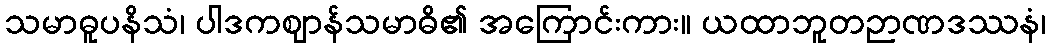
သမာဓူပနိသံ၊ ပါဒကဈာန်သမာဓိ၏ အကြောင်းကား။ ယထာဘူတဉာဏဒဿနံ၊